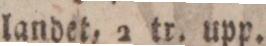
landet, 2 tr. upp.